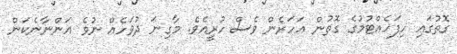
ގޮތުގައި ހިފަހެއްޓުމުގެ ގޮތުން އަހަރެން ވެސް ހުރީއެވެ. މާގިނަ ދުވަހެއް ނުވެ އަންނާނެކަން